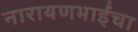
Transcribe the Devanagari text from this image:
नारायणभाईंचा